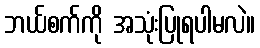
ဘယ်စက်ကို အသုံးပြုရပါမလဲ။